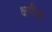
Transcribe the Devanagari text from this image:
क्षणीक